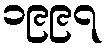
၁၉၉၇